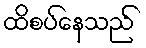
ထိစပ်နေသည်